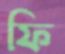
ফি